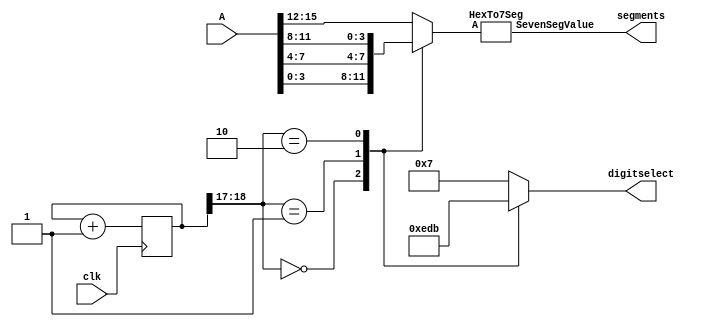
`timescale 1ns / 1ps
//////////////////////////////////////////////////////////////////////////////////
// Company: 
// Engineer: 
// 
// Design Name: 
// Module Name:    display4digit 
// Project Name: 
// Target Devices: 
// Tool versions: 
// Description: 
//
// Dependencies: 
//
// Revision: 
// Revision 0.01 - File Created
// Additional Comments: 
//
//////////////////////////////////////////////////////////////////////////////////

module display4digit(
    input [15:0] A,
    input clk,
    output  [7:0] segments,
    output reg [3:0] digitselect
    );

	reg [18:0] counter = 0;
	wire [1:0] toptwo;
	reg [3:0] value4bit;
	
	always @(posedge clk)
		begin
			counter <= counter + 1'b1;
		end
	
	assign toptwo[1:0] = counter[18:17];  // (100*10^6 cycles/sec)/(2^17 cycles/refresh) = (763 refreshes/sec)
	
	always @(*)
		begin
			case(toptwo[1:0])
				2'b00: 
					begin
						digitselect <= ~4'b0001;
						value4bit <= A[3:0];
					end
				2'b01: 
					begin
						digitselect <= ~4'b0010;
						value4bit <= A[7:4];
					end
				2'b10: 
					begin
						digitselect <= ~4'b0100;
						value4bit <= A[11:8];
					end
				default:
					begin
						digitselect <= ~4'b1000;
						value4bit <= A[15:12];
					end
			endcase
		end
		
	HexTo7Seg myhexencoder(value4bit, segments);

endmodule


module HexTo7Seg(
    input [3:0] A,
    output reg [7:0] SevenSegValue
    );

	always @(*)
		begin
			case(A)
				4'h0: SevenSegValue <= ~8'b11111100;
				4'h1: SevenSegValue <= ~8'b01100000;
				4'h2: SevenSegValue <= ~8'b11011010;
				4'h3: SevenSegValue <= ~8'b11110010;
				4'h4: SevenSegValue <= ~8'b01100110;
				4'h5: SevenSegValue <= ~8'b10110110;
				4'h6: SevenSegValue <= ~8'b10111110;
				4'h7: SevenSegValue <= ~8'b11100000;
				4'h8: SevenSegValue <= ~8'b11111110;
				4'h9: SevenSegValue <= ~8'b11110110;
				4'hA: SevenSegValue <= ~8'b11101110;
				4'hB: SevenSegValue <= ~8'b00111110;
				4'hC: SevenSegValue <= ~8'b10011100;
				4'hD: SevenSegValue <= ~8'b01111010;
				4'hE: SevenSegValue <= ~8'b10011110;
				default: SevenSegValue <= ~8'b10001110;				
			endcase
		end
endmodule